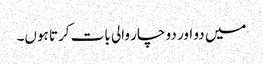
میں دو اور دو چار والی بات کرتا ہوں۔